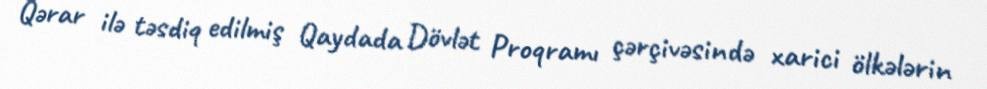
Qərar ilə təsdiq edilmiş Qaydada Dövlət Proqramı çərçivəsində xarici ölkələrin